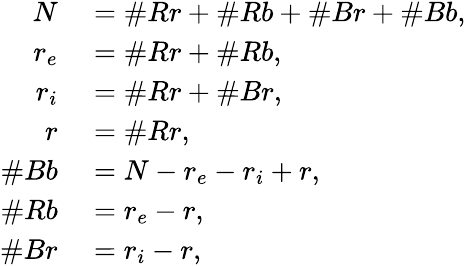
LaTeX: \begin{array}{rl}{N}&{{}=\# Rr+\# Rb+\# Br+\# Bb,}\\ {r_{e}}&{{}=\# Rr+\# Rb,}\\ {r_{i}}&{{}=\# Rr+\# Br,}\\ {r}&{{}=\# Rr,}\\ {\# Bb}&{{}=N-r_{e}-r_{i}+r,}\\ {\# Rb}&{{}=r_{e}-r,}\\ {\# Br}&{{}=r_{i}-r,}\end{array}